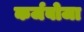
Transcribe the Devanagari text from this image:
कर्जबोजा